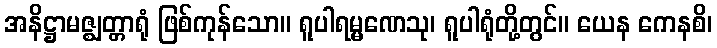
အနိဋ္ဌာမဇ္ဈတ္တာရုံ ဖြစ်ကုန်သော။ ရူပါရမ္မဏေသု၊ ရူပါရုံတို့တွင်။ ယေန ကေနစိ၊